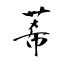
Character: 莃